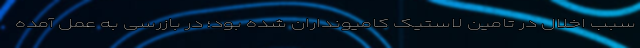
سبب اخلال در تامین لاستیک کامیونداران شده بود؛ در بازرسی به عمل آمده